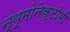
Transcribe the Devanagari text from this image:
न्यूमोनेक्टोमी